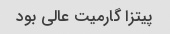
پیتزا گارمیت عالی بود